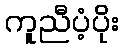
ကူညီပံ့ပိုး